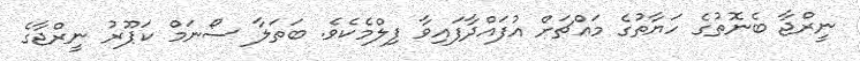
ނީރްޖާ ބެނޮތުގެ ހަޔާތުގެ މައްޗަށް އުފައްދާފައިވާ ފިލްމެކެވެ. ބަތަލާ ސޯނަމް ކަޕޫރު ނީރްޖާގެ